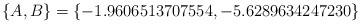
\begin{align*}\{ A,B\} =\{-1.9606513707554, -5.6289634247230\}\end{align*}